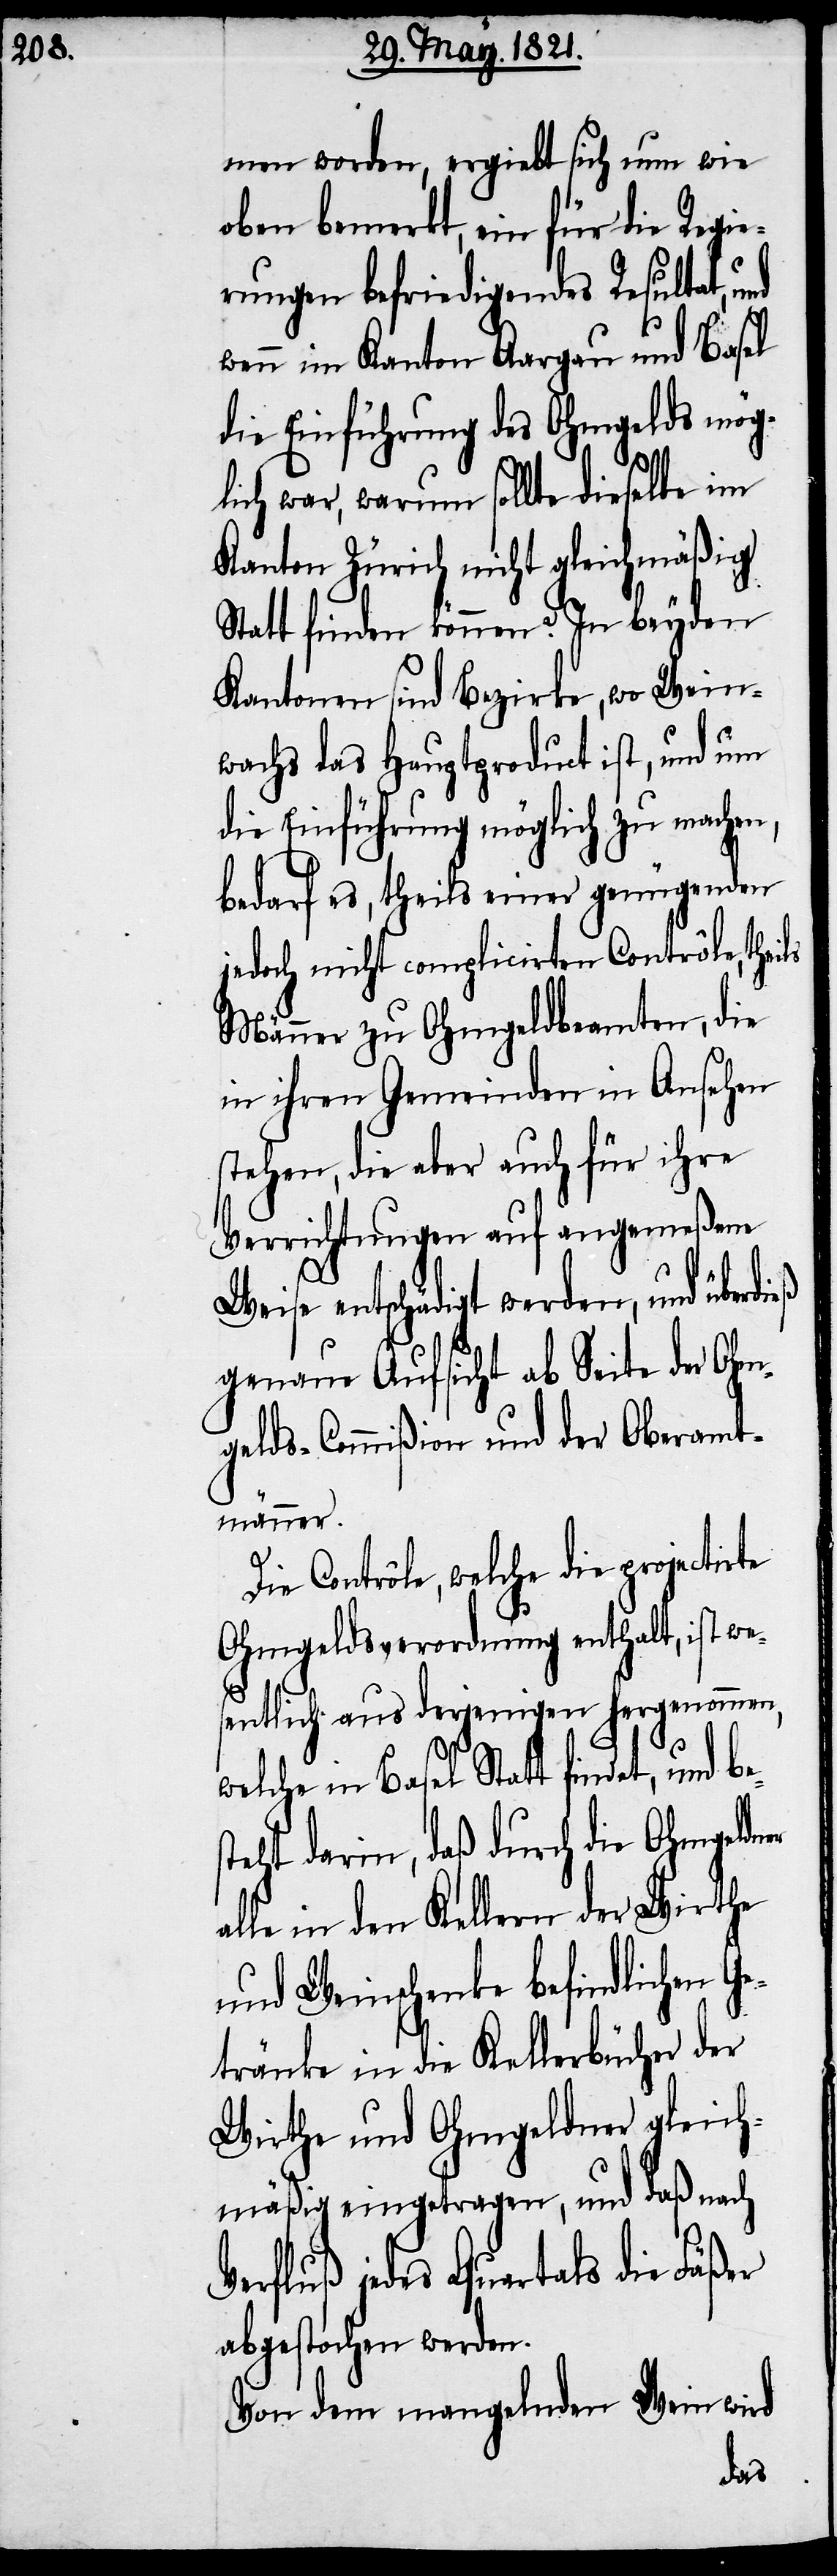
men worden, ergiebt sich nun wie
oben bemerkt, ein für die Regie¬
rungen befriedigendes Resultat, und
wenn im Kanton Aargau und Basel
die Einführung des Ohmgelds mög¬
lich war, warum sollte dieselbe im
Kanton Zürich nicht gleichmäßig
Statt finden können? In beyden
Kantonen sind Bezirke, wo Wein¬
wachs das Hauptproduct ist, und um
die Einführung möglich zu machen,
bedarf es, theils einer genügenden
jedoch nicht complicirten Contrôle, theils
Männer zu Ohmgeldsbeamten, die
in ihren Gemeinden in Ansehen
stehen, die aber auch für ihre
Verrichtungen auf angemeßene
Weise entschädigt werden, und über¬
genaue Aufsicht ab Seite der Ohm¬
gelds-Commißion und der Oberamt¬
männer.
Die Contrôle, welche die projectirte
Ohmgeldsverordnung enthalt, ist we¬
sentlich aus derjenigen hervorgenommen,
welche in Basel Statt findet,
teht darin, daß durch die Ohmgeldner
in den Kellern der Wirthe
und Weinschenke befindlichen G¬
etränke in die Kellerbücher der
Wirthe und Ohmgeldner gleich¬
mäßig eingetragen, und daß nach
jedes Quartals die Fäßer
abgestochen werden.
Von dem mangelnden Wein wird
bes¬